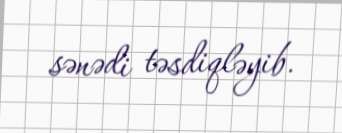
sənədi təsdiqləyib.